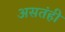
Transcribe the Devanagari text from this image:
असतंही